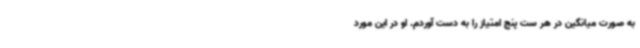
به صورت میانگین در هر ست پنج امتیاز را به دست آوردم. او در این مورد